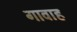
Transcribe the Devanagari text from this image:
गावाह